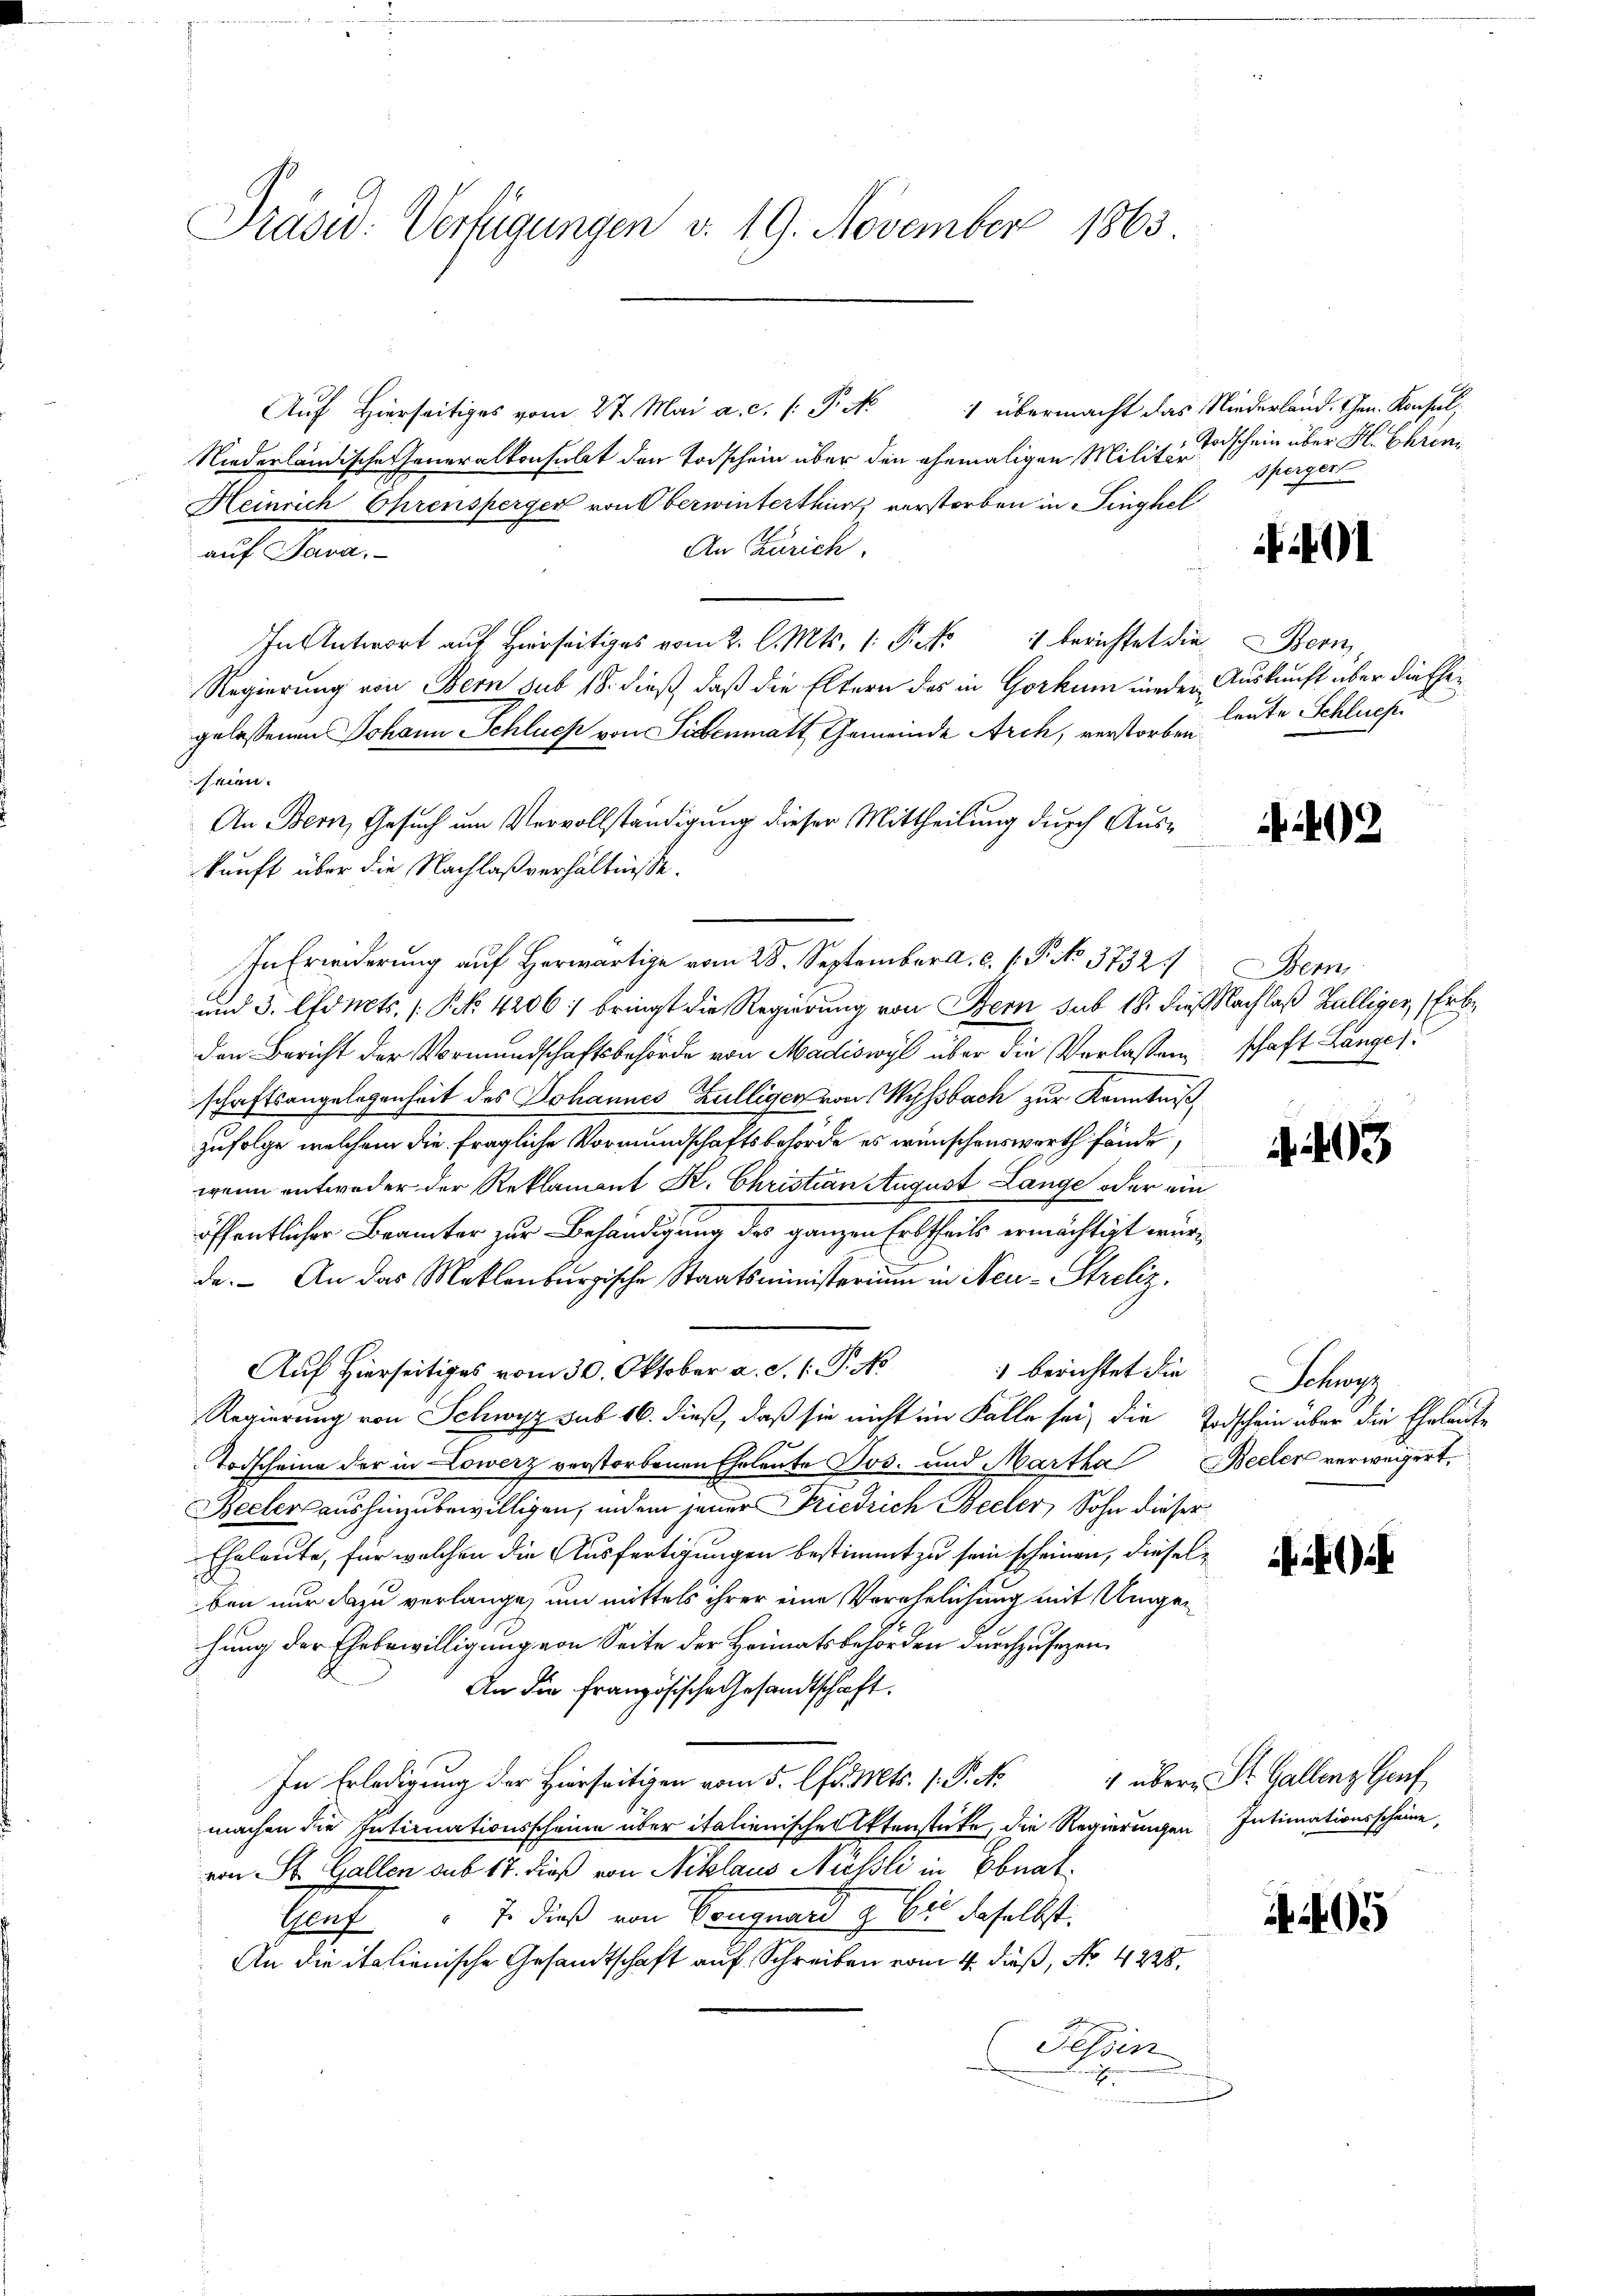
Präsid. Verfügungen v. 19. November 1863

Auf Hierseitiges vom 27. Mai a. c. (: P. Nr. 1 übermacht das Niederland. Ehen Konsul,
Niederländische Generalkonsulat den Todschein über den ehemaligen Militär¬
Heinrich Ehrensperger von Oberwinterthur verstorben in Finghel
An Zürich.
auf Java,
In Antwort auf hierseits vom 2. l. Mts. 1. Fick berichtet die Bern
Regierung von Bern sub 18. dieß, daß die Eltern des in Gorkum nieder
gelassenen Johann Schluch von Sichenmatt Gemeinde Arch, verstorben
men.
An Bern, Gesuch um Vervollständigung dieser Mittheilung durch Auskunft über die Nachlaßverhältnisse.
In Erwiderung auf Herwärtige vom 28. September d. d. 1. P. No 3732.
und 3. Efoncts, S. 4206: bringt die Regierung von Bern, sub 18. dieß Nachlaß Zülliger, Erbe
den Bericht der Vormundschaftsbehörde von Madiswyl über die Verlassung
schaftsangelegenheit des Johannes Zülliger von Wyssbach zur Kenntniß
zufolge, welchem die fragliche Vormundschaftsbehörde es wünschenswerth fände,
wenn entweder der Reklamant K. Christian August Länge oder ein
öffentlicher Brämter zur Behändigung des ganzen Erbtheils ermächtigt würda. An das Meklenburgische Staatsministerium in Neu-Streliz,
Auf Hierseitiges vom 30. Oktober a. S. 1: P. No
) berichtet die
Regierung von Schwyz sub 16. dieß, daß sie nicht im Falle sei, die Todschein über die Eheleute
Todscheine der in Lowerz verstorbenen Eheleute Jos. und Martha Beeler verweigert.
Beckers aushinzubewilligen, indem jener Friedrich Beeler, Sohn dieser
Eheleute, für welchen die Ausfertigungen bestimmt zu sein scheinen, dieselben nur dazu verlange, und mittels ihrer eine Verehelichung mit Umgehung der Ehebewilligung von Seite der Heimatsbehörden durchzusehen,
An die Französische Gesandtschaft.
In Erledigung der Hierseitigen vom 5. Chr. Mts. 1. P. No
machen die Intimnationsscheine über italienischen Utenstücke, die Regierungen Intimationsscheine,
von St. Gallen sub 17. dieß von Niklaus Nüßli in Ebnat,
Genf " 7. dieß von Vonguard & Cie daselbst.
An die italienische Gesandtschaft auf Schreiben vom 4. daß, No 4228.
Tessin
wachen.

Todschein über H. Ehren
spergert

401

Auskunft über die Eheleute Schluch

2

em
schaft Lange

403

Schre

4 übern St. Gallenz Genf

A 405